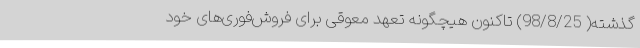
گذشته( 98/8/25) تاکنون هیچگونه تعهد معوقی برای فروش‌فوری‌های خود